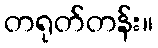
တရုတ်တန်း။